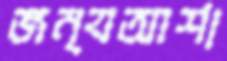
জন্যআশা